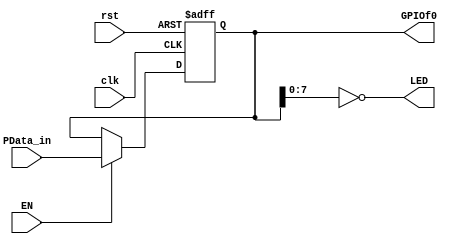
`timescale 1ns / 1ps
//////////////////////////////////////////////////////////////////////////////////
// Company: 
// Engineer: 
// 
// Design Name: 
// Module Name:    PIO 
// Project Name: 
// Target Devices: 
// Tool versions: 
// Description: 
//
// Dependencies: 
//
// Revision: 
// Revision 0.01 - File Created
// Additional Comments: 
//
//////////////////////////////////////////////////////////////////////////////////
module PIO(	input wire clk,
				input wire rst,
				input wire EN,
				input wire[31:0] PData_in,
				output wire[7:0] LED,
				output reg[31:0] GPIOf0
				);

// GPIO out use LEDs & Counter-controler read and write
	assign LED = ~GPIOf0[7:0];
	
	always @ (negedge clk or posedge rst) begin
		if(rst) GPIOf0 <= 32'h00000000;
		else 	if(EN)		GPIOf0 <= PData_in;
				else 			GPIOf0 <= GPIOf0;
	end

endmodule